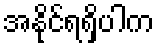
အနိုင်ရရှိပါက